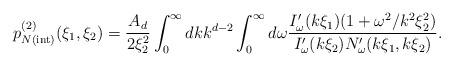
LaTeX: \begin{align*} p_{N{\mathrm{(int)}}}^{(2)}(\xi _1,\xi _2)=\frac{A_d}{2\xi _2^2}\int _{0}^{\infty } dk k^{d-2}\int _{0}^{\infty } d\omega \frac{I'_{\omega }(k\xi _1)(1+\omega ^2/k^2\xi _2^2)}{I'_{\omega } (k\xi _2)N'_{\omega }(k\xi _1,k\xi _2)}.\end{align*}